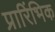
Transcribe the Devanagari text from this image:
प्रारिंभिक